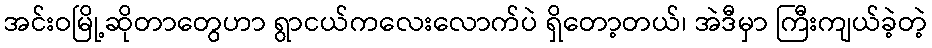
အင်းဝမြို့ဆိုတာတွေဟာ ရွာငယ်ကလေးလောက်ပဲ ရှိတော့တယ်၊ အဲဒီမှာ ကြီးကျယ်ခဲ့တဲ့